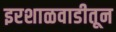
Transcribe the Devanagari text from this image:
इरशाळवाडीतून